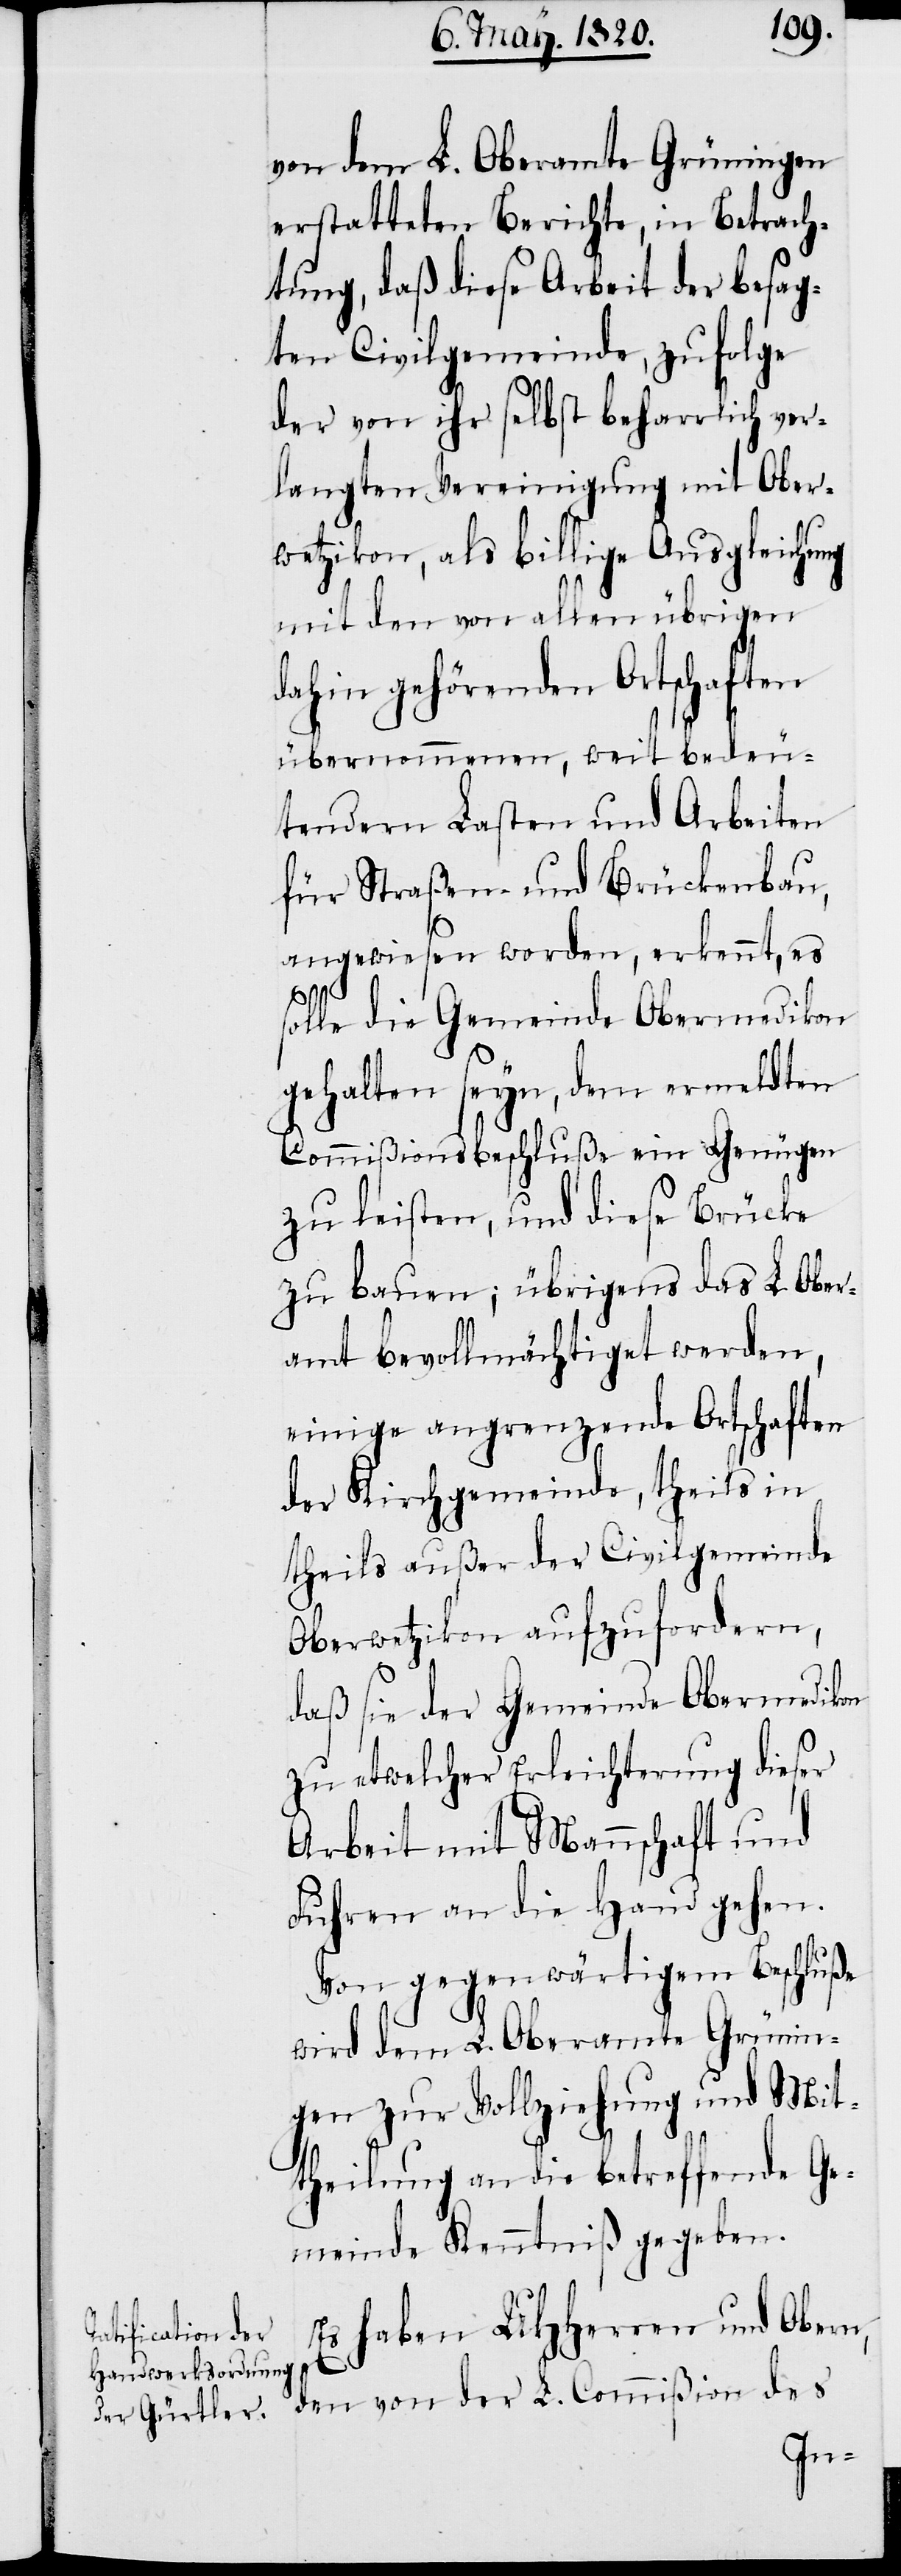
von dem L. Oberamte Grüningen
erstatteten Berichte, in Betrach¬
tung, daß diese Arbeit der besag¬
ten Civilgemeinde, zufolge
der von ihr selbst beharrlich ver¬
langten Vereinigung mit Ober¬
wetzikon, als billige Ausgleichung
mit den von allen übrigen
dahin gehörenden Ortschaften
übernommenen, weit bedeu¬
tendern Lasten und Arbeiten
für Straßen und Brückenbau,
angewiesen worden, erkennt, es
solle die Gemeinde Obermedikon
gehalten seyn, dem ermeldten
Commißionsbeschluße ein Genügen
zu leisten, und diese Brücke
zu bauen; übrigens das L. Ober¬
amt bevollmächtiget werden,
einige angrenzende Ortschaften
der Kirchgemeinde, theils in
theils außer der Civilgemeinde
Oberwetzikon aufzufordern,
daß sie der Gemeinde Obermedikon
zu etwelcher Erleichterung dieser
Arbeit mit Mannschaft und
Fuhren an die Hand gehen.
Von gegenwärtigem Beschluße
wird dem L. Oberamte Grünin¬
gen zur Vollziehung und Mit¬
theilung an die betreffende Ge¬
meinde Kenntniβ gegeben.
Es haben UHHerren und Obern,
den von der L. Commißion des